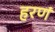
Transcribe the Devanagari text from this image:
हरणं